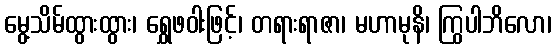
မွေ့သိမ်ထွားထွား၊ ရွှေဖဝါးဖြင့်၊ တရားရာဇာ၊ မဟာမုနိ၊ ကြွပါဘိလော၊